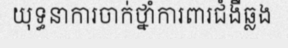
យុទ្ធនាការចាក់ថ្នាំការពារជំងឺឆ្លង